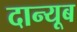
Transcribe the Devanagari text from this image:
दान्यूब